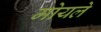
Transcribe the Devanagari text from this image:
मोयले